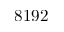
8 1 9 2